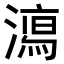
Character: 𣿱